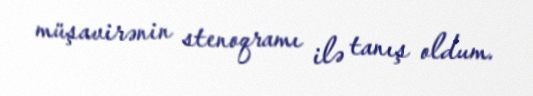
müşavirənin stenoqramı ilə tanış oldum.